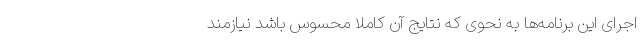
اجرای این برنامه‌ها به نحوی که نتایج آن کاملاً محسوس باشد نیازمند